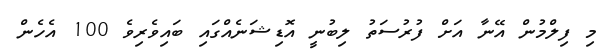
މި ފިލްމުން އޭނާ އަށް ފުރުސަތު ލިބުނީ އޮޑިޝަނެއްގައި ބައިވެރިވެ 100 އެހެން